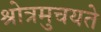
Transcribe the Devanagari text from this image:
श्रोत्रमुचयते